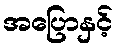
အပြောနှင့်